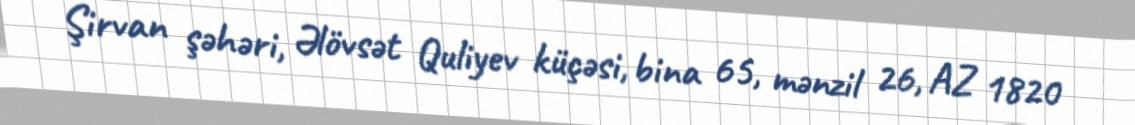
Şirvan şəhəri, Əlövsət Quliyev küçəsi, bina 65, mənzil 26, AZ 1820